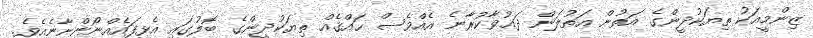
ޒިންމީއަކު ތިޔަކުދީންގެ އަތުން އަތުލަން ދަޢުވާކުރާނެ އެއްވެސް ޙައްޤެއް ތިޔަކުދީންގެ ބޮލުގައި އެޅިފައެއްނޯންނާނެއެވެ.